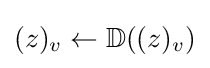
(z)_{v}\leftarrow \mathbb {D} ((z)_{v})